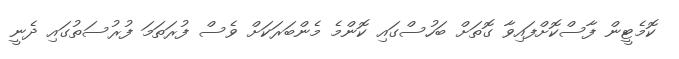
ކޮމެޓީން ފާސްކޮށްފައިވާ ގޮތަށް ބަހުސްގައި ކޮންމެ މެންބަރަކަށް ވެސް ފުރަތަމަ ފުރުސަތުގައި ދެނީ